Vaccination North-Western Provinces 1866-1877 - 1866-1877
Year: 1866
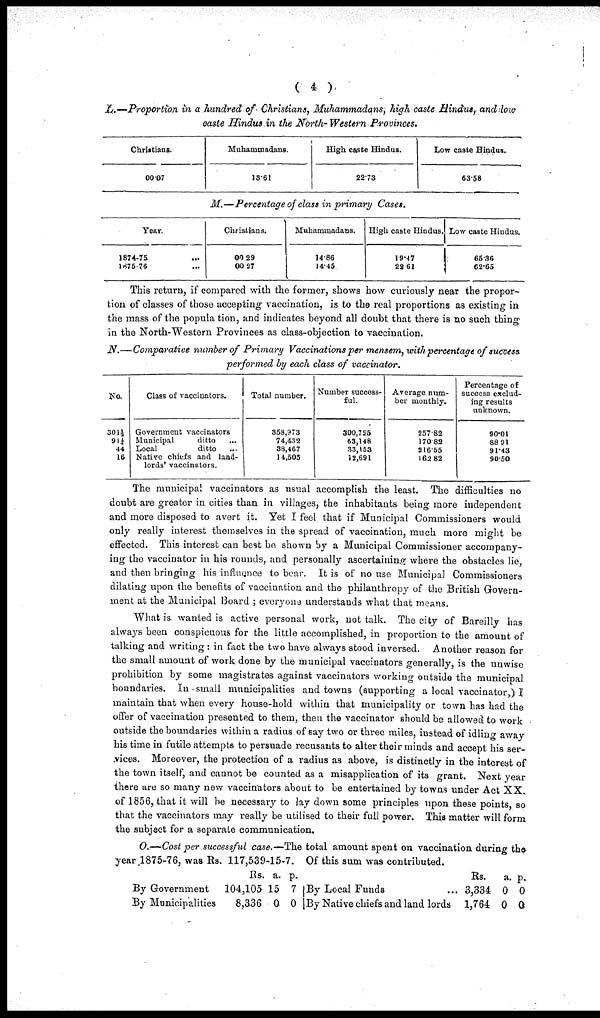
( 4 )
L.—Proportion in a hundred of Christians, Muhammadans, high caste Hindus, and low
caste Hindus in the North- Western Provinces.
Christians.
00.07
Muhammadans.
13.61
High caste Hindus.
22.73
Low caste Hindus.
63.58
M.—Percentage of class in primary Cases.
Year.
1874-75 ...
1875-76 ...
Christians.
00.29
00.27
Muhammadans.
14.86
14.45
High caste Hindus.
19.47
23.61
Low caste Hindus,
65.36
62.65
This return, if compared with the former, shows how curiously near the propor-
tion of classes of those accepting vaccination, is to the real proportions as existing in
the mass of the population, and indicates beyond all doubt that there is no such thing
in the North-Western Provinces as class-objection to vaccination.
N.—Comparative number of Primary Vaccinations per mensem, with percentage of success
performed by each class of vaccinator.
No.
301½
91¼
44
16
Class of vaccinators.
Government vaccinators
Municipal
ditto ...
Local
ditto
...
Native chiefs and land-
lords' vaccinators.
Total number.
358,973
74,432
38,467
14,505
Number success-
ful.
300,725
63,148
33,153
12,691
Average num-
ber monthly.
257.82
170.82
216.55
162.82
Percentage of
success exclud-
ing results
unknown.
90.01
88.91
91.43
90.50
The municipal vaccinators as usual accomplish the least. The difficulties no
doubt are greater in cities than in villages, the inhabitants being more independent
and more disposed to avert it. Yet I feel that if Municipal Commissioners would
only really interest themselves in the spread of vaccination, much more might be
effected. This interest can best be shown by a Municipal Commissioner accompany¬
ing the vaccinator in his rounds, and personally ascertaining where the obstacles lie,
and then bringing his influence to bear. It is of no use Municipal Commissioners
dilating upon the benefits of vaccination and the philanthropy of the British Govern-
ment at the Municipal Board ; everyone understands what that means.
What is wanted is active personal work, not talk. The city of Bareilly has
always been conspicuous for the little accomplished, in proportion to the amount of
talking and writing: in fact the two have always stood inversed. Another reason for
the small amount of work done by the municipal vaccinators generally, is the unwise
prohibition by some magistrates against vaccinators working outside the municipal
boundaries. In small municipalities and towns (supporting a local vaccinator,) I
maintain that when every house-hold within that municipality or town has had the
offer of vaccination presented to them, then the vaccinator should be allowed to work
outside the boundaries within a radius of say two or three miles, instead of idling away
his time in futile attempts to persuade recusants to alter their minds and accept his ser-
vices. Moreover, the protection of a radius as above, is distinctly in the interest of
the town itself, and cannot be counted as a misapplication of its grant. Next year
there are so many new vaccinators about to be entertained by towns under Act XX.
of 1856, that it will be necessary to lay down some principles upon these points, so
that the vaccinators may really be utilised to their full power. This matter will form
the subject for a separate communication.
O.— Cost per successful case.— The total amount spent on vaccination during the
year 1875-76, was Rs. 117,539-15-7. Of this sum was contributed.
By Government
By Municipalities
Rs.
104,105
8,336
a.
15
0
p.
7
0
By Local Funds ...
By Native chiefs and land lords
Rs.
3,334
1,764
a.
0
0
p.
0
0